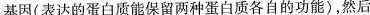
基因(表达的蛋白质能保留两种蛋白质各自的功能)，然后